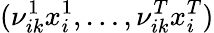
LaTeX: ({\nu}_{ik}^{1}{x}_{i}^{1},\dots,{\nu}_{ik}^{T}{x}_{i}^{T})